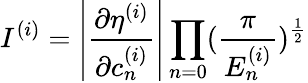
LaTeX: I^{(i)}=\left|\frac{\partial\eta^{(i)}}{\partial c_{n}^{(i)}}\right|\prod_{n=0}(\frac{\pi}{E_{n}^{(i)}})^{\frac{1}{2}}